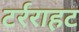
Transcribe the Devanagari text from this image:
टर्रराहट